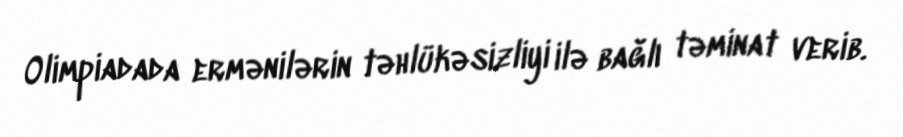
Olimpiadada ermənilərin təhlükəsizliyi ilə bağlı təminat verib.